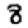
Digit: 8